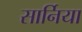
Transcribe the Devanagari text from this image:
सार्निया